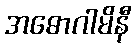
အဓောဂါမိနီ